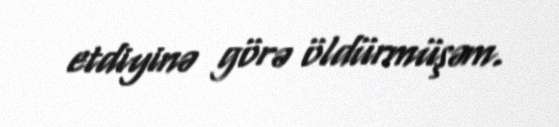
etdiyinə görə öldürmüşəm.